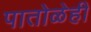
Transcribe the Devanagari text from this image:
पातोळेही